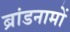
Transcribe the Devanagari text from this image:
ब्रांडनामों